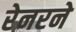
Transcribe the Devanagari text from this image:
रेनरने